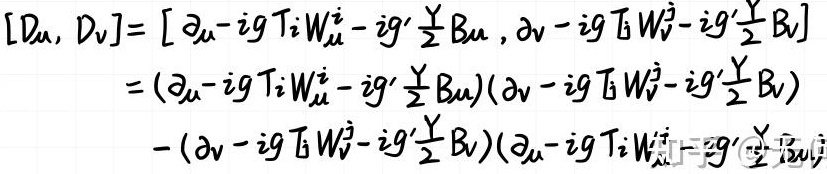
\[
\begin{align*}
[D_{\mu}, D_{\nu}]&= \left[\partial_{\mu}-ig T_{i}W_{\mu}^{i}-ig'\frac{Y}{2}B_{\mu}, \partial_{\nu}-ig T_{i}W_{\nu}^{i}-ig'\frac{Y}{2}B_{\nu}\right]\\
&=(\partial_{\mu}-ig T_{i}W_{\mu}^{i}-ig'\frac{Y}{2}B_{\mu})(\partial_{\nu}-ig T_{i}W_{\nu}^{i}-ig'\frac{Y}{2}B_{\nu})\\
&-(\partial_{\nu}-ig T_{i}W_{\nu}^{i}-ig'\frac{Y}{2}B_{\nu})(\partial_{\mu}-ig T_{i}W_{\mu}^{i}-ig'\frac{Y}{2}B_{\mu})
\end{align*}
\]